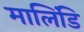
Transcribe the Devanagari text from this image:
मालिंडि